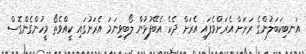
އަނބިކަބަލުންގެ ރަށަށް އެރަށްވެފައި އެރަށް ދެކެ އެބޭފުޅުން ލޯބިވިނަމަ އެރަށުގައި ކީއްވެތޯ މީހުންގެންގޮސް